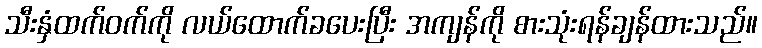
သီးနှံထက်ဝက်ကို လယ်ထောက်ခပေးပြီး အကျန်ကို စားသုံးရန်ချန်ထားသည်။